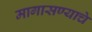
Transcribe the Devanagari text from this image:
मागासण्याचे